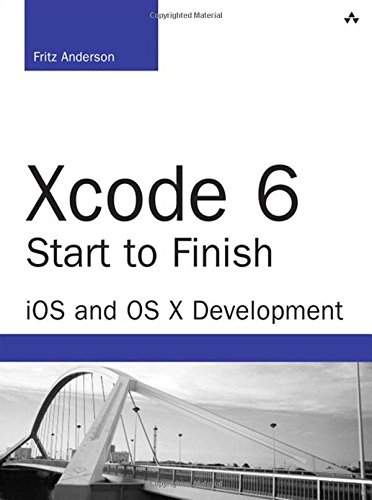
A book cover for Xcode 6 Start to Finish: iOS and OS X Development (2nd Edition) (Developer's Library); Fritz Anderson; Computers & Technology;